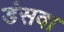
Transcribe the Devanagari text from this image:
डंसवा